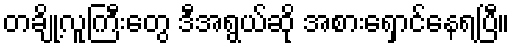
တချို့လူကြီးတွေ ဒီအရွယ်ဆို အစားရှောင်နေရပြီ။